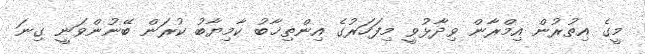
މީގެ އިތުރުން އިމްރާން ވިދާޅުވީ މިފަހަރުގެ އިންތިޚާބު ކާމިޔާބު ކުރަން ބޭނުންވަނީ ގިނަ